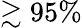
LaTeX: \gtrsim 95\%